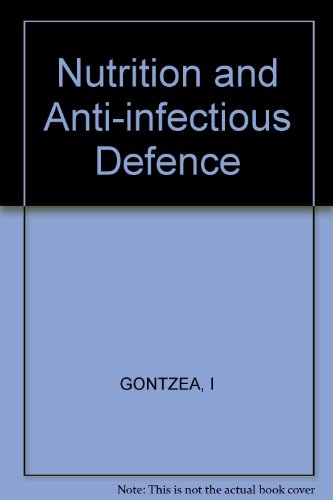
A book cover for Nutrition and Anti-Infectious Defence; I. Gontzea; Medical Books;